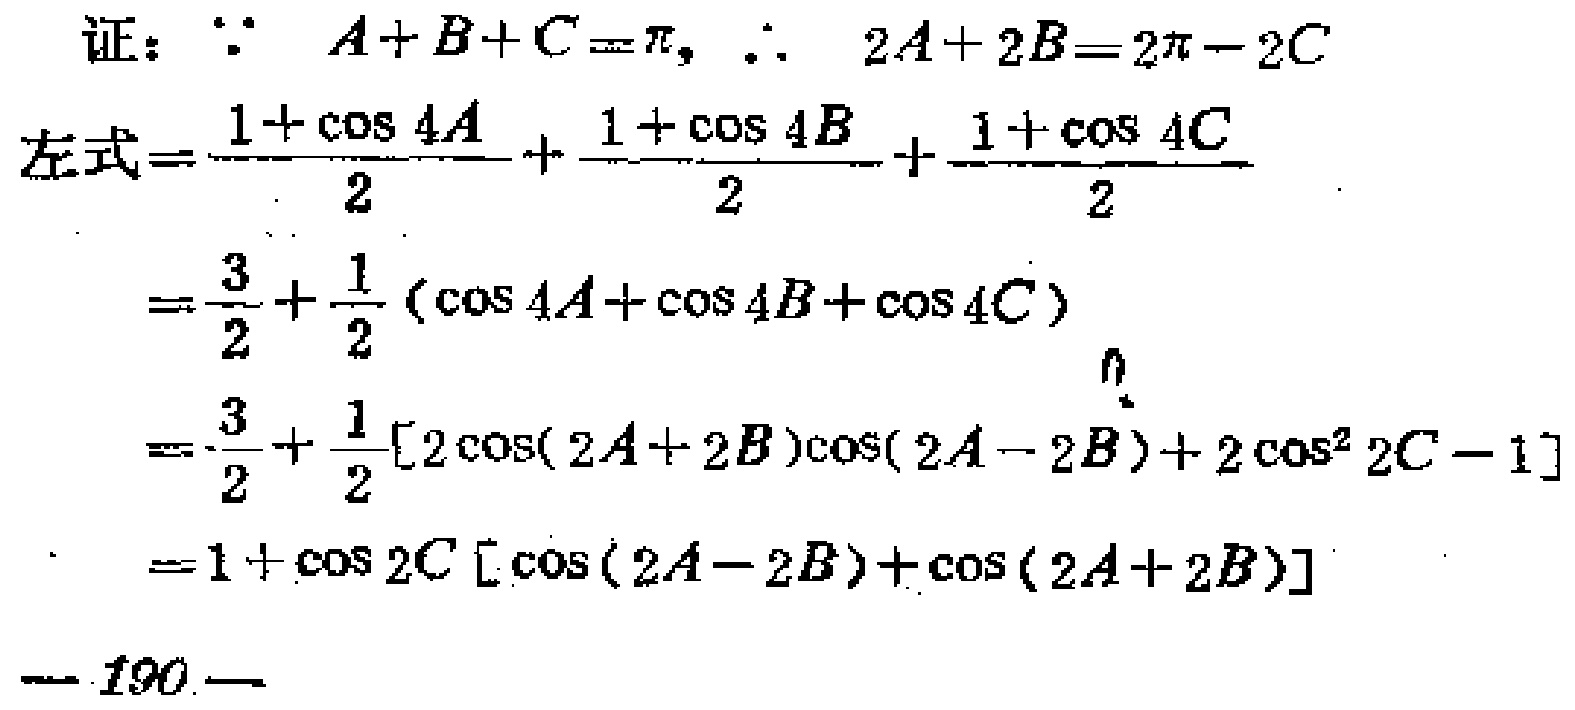
```
证：$\because A + B + C=\pi$, $\therefore 2A + 2B=2\pi - 2C$
左式$=\frac{1 + \cos 4A}{2}+\frac{1 + \cos 4B}{2}+\frac{1 + \cos 4C}{2}$
$=\frac{3}{2}+\frac{1}{2}(\cos 4A+\cos 4B+\cos 4C)$
$=\frac{3}{2}+\frac{1}{2}[2\cos(2A + 2B)\cos(2A - 2B)+2\cos^{2} 2C - 1]$
$=1+\cos 2C[\cos(2A - 2B)+\cos(2A + 2B)]$
—190—
```